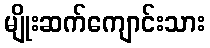
မျိုးဆက်ကျောင်းသား